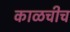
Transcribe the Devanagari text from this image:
काळचीच